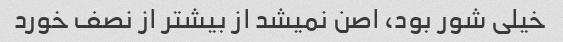
خیلی شور بود، اصن نمیشد از بیشتر از نصف خورد